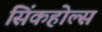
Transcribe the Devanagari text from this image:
सिंकहोल्स